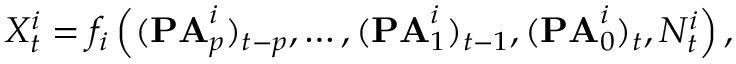
X _ { t } ^ { i } = f _ { i } \left( ( \mathbf { P A } _ { p } ^ { i } ) _ { t - p } , \ldots , ( \mathbf { P A } _ { 1 } ^ { i } ) _ { t - 1 } , ( \mathbf { P A } _ { 0 } ^ { i } ) _ { t } , N _ { t } ^ { i } \right) ,